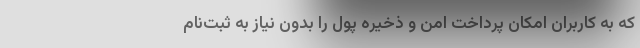
که به کاربران امکان پرداخت امن و ذخیره پول را بدون نیاز به ثبت‌نام